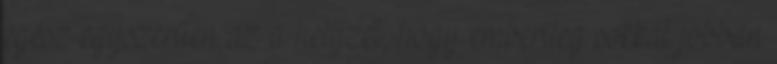
egész egyszerűen az a helyzet, hogy emberileg sokkal jobban